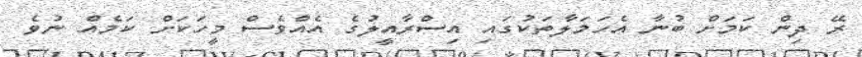
ރޭ ދިން ކަމަށް ބުނާ އެހަމަލާތަކުގައި އިސްރާއީލުގެ އެއްވެސް މީހަކަށް ކަމެއް ނުވެ